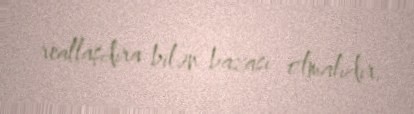
reallaşdıra bilən bazası olmalıdır.